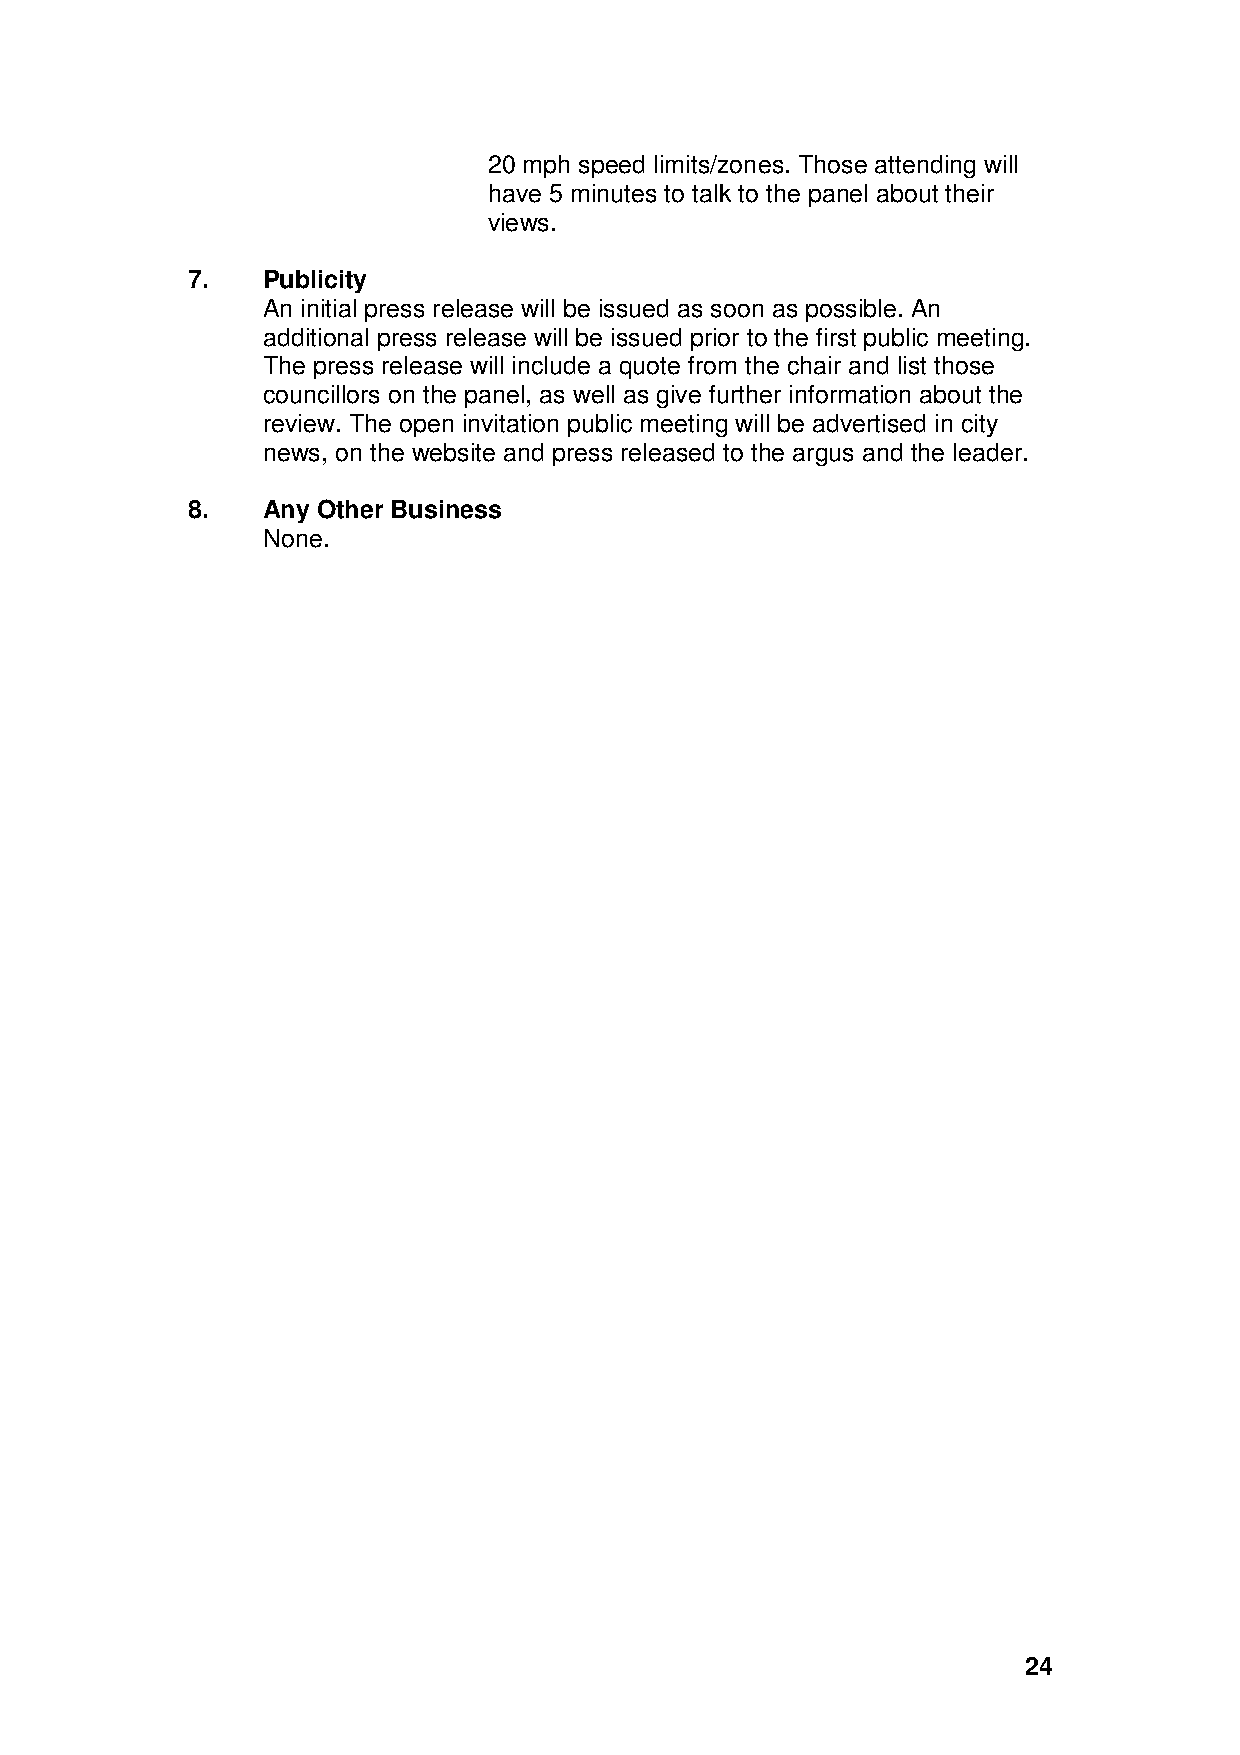
20 mph speed limits/zones. Those attending will
 have 5 minutes to talk to the panel about their
 views.
 7.   Publicity
 An initial press release will be issued as soon as possible. An
 additional press release will be issued prior to the first public meeting.
 The press release will include a quote from the chair and list those
 councillors on the panel, as well as give further information about the
 review. The open invitation public meeting will be advertised in city
 news, on the website and press released to the argus and the leader.
 8.   Any Other Business
 None.
 24